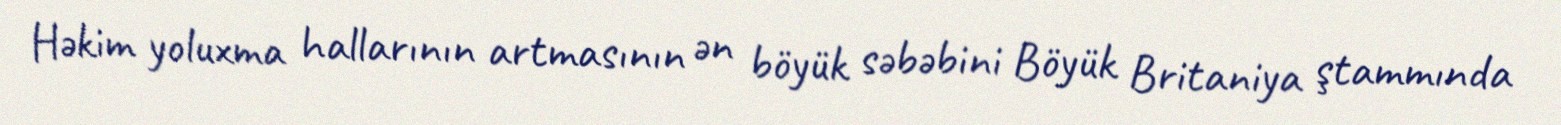
Həkim yoluxma hallarının artmasının ən böyük səbəbini Böyük Britaniya ştammında